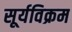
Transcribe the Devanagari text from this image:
सूर्यविक्रम